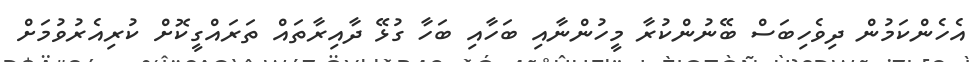
އެހެންކަމުން ދިވެހިބަސް ބޭނުންކުރާ މީހުންނާއި ބަހާއި ބަހާ ގުޅޭ ދާއިރާތައް ތަރައްގީކޮށް ކުރިއެރުވުމަށް